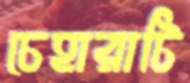
চেহারাটি